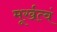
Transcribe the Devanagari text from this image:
मूर्खत्वं